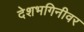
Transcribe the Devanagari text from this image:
देशभगिनीवर